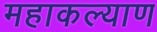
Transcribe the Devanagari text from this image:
महाकल्याण